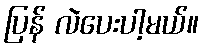
ပြန် လဲပေးပါ့မယ်။